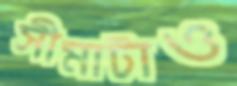
সীমাটাও